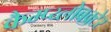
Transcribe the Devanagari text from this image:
कैम्प्य्लोबक्टेर